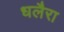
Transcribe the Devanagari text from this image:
धलैरा